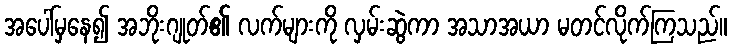
အပေါ်မှနေ၍ အဘိုးဂျုတ်၏ လက်များကို လှမ်းဆွဲကာ အသာအယာ မတင်လိုက်ကြသည်။